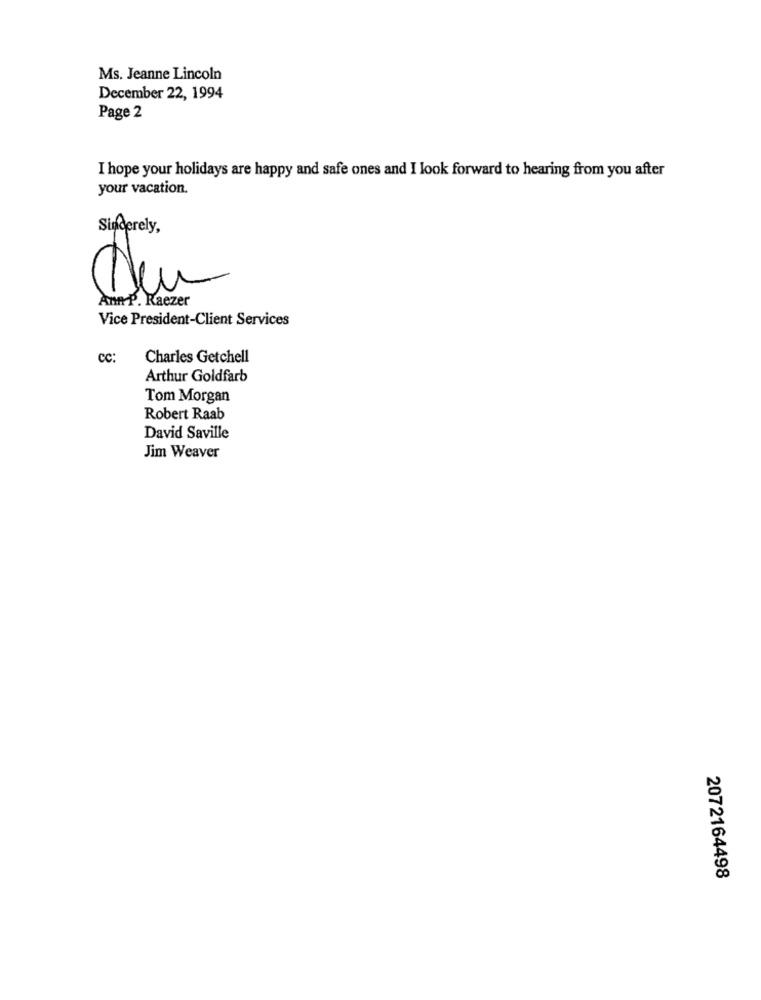
Ms. Jeanne Lincoln
December 22, 1994
Page 2
I hope your holidays are happy and safe ones and I look forward to hearing from you after
your vacation.
Sincerely,
Ann P. Raezer
Vice President-Client Services
CC:
Charles Getchell
Arthur Goldfarb
Tom Morgan
Robert Raab
David Saville
Jim Weaver
2072164498